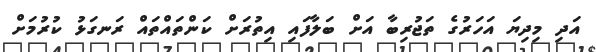
އަދި މިދިޔަ އަހަރުގެ ތަޖުރިބާ އަށް ބަލާފައި އިތުރަށް ކަންތައްތައް ރަނގަޅު ކުރުމަށް